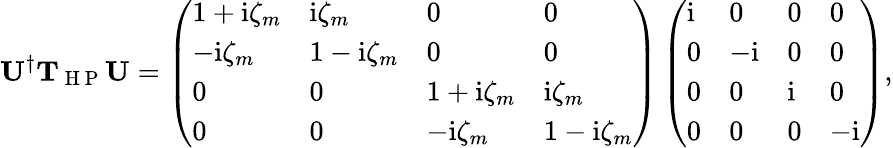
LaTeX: \mathbf U^{\dagger}\mathbf{T}_{\mathrm{~H~P~}}\mathbf U=\left(\begin{array}{llll}{1+\mathrm{i}\zeta_{m}}&{\mathrm{i}\zeta_{m}}&{0}&{0}\\ {-\mathrm{i}\zeta_{m}}&{1-\mathrm{i}\zeta_{m}}&{0}&{0}\\ {0}&{0}&{1+\mathrm{i}\zeta_{m}}&{\mathrm{i}\zeta_{m}}\\ {0}&{0}&{-\mathrm{i}\zeta_{m}}&{1-\mathrm{i}\zeta_{m}}\end{array}\right)\left(\begin{array}{llll}{\mathrm{i}}&{0}&{0}&{0}\\ {0}&{-\mathrm{i}}&{0}&{0}\\ {0}&{0}&{\mathrm{i}}&{0}\\ {0}&{0}&{0}&{-\mathrm{i}}\end{array}\right),